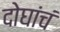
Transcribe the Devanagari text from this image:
दोघांचं